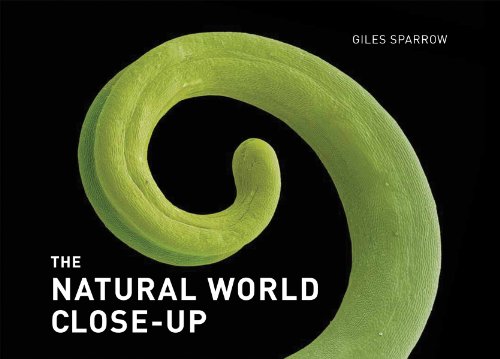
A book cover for The Natural World Close-Up (Close-Up (Firefly)); Giles Sparrow; Science & Math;